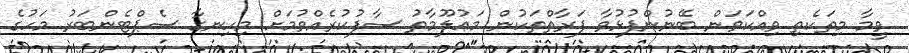
ވީމާ މިތަކެތި ވިއްކަވަން ބޭނުންފުޅުވާ ފަރާތްތަކުން މަޢުލޫމާތު ސާފުކުރެއްވުމަށް މިހިނގާ ސެޕްޓެންބަރު މަހުގެ